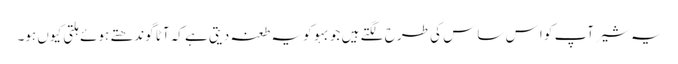
یہ شیر آپ کو ا س ساس کی طرح لگتے ہیں جو بہو کو یہ طعنہ دیتی ہے کہ آٹا گوندھتے ہوئے ہلتی کیوں ہو۔